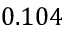
0 . 1 0 4